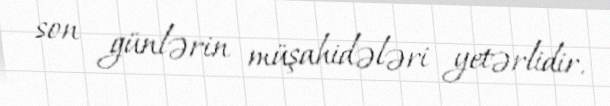
son günlərin müşahidələri yetərlidir.